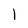
Character: 1